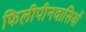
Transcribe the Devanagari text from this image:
फिलीपीनवासियों